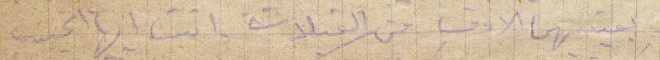
بعينيهما الوف من القبلات وانت أيها الحبيب